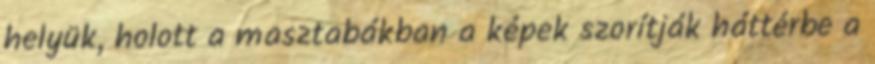
helyük, holott a masztabákban a képek szorítják háttérbe a